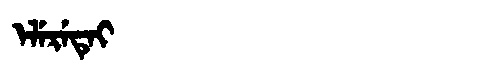
Manchu: ᡝᠯᡝᡵᡝᡨᡝᡳ
Romanization: ELERETEI